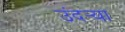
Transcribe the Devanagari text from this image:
उंदर्‍या